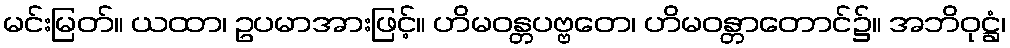
မင်းမြတ်။ ယထာ၊ ဥပမာအားဖြင့်။ ဟိမဝန္တပဗ္ဗတေ၊ ဟိမဝန္တာတောင်၌။ အဘိဝုဋ္ဌံ၊